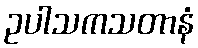
ဥပါသကသတာနံ